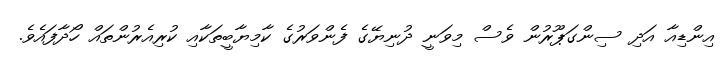
އިންޑިއާ އަދި ސިންގަޕޫރުން ވެސް މިވަނީ ދުނިޔޭގެ ފެންވަރުގެ ކާމިޔާބީތަކާއި ކުރިއެރުންތައް ހޯދާފައެވެ.